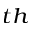
^ { t h }